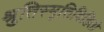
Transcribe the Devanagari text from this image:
श्रुतिस्मृतिविहितो